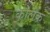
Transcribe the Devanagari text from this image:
कोलेक